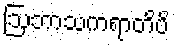
ဩဘာသကရာတိပိ